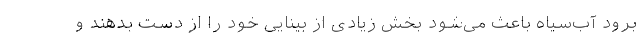
برود آب‌سیاه باعث می‌شود بخش زیادی از بینایی خود را از دست بدهند و